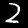
Label: 2